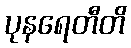
ပုနရေတီတိ